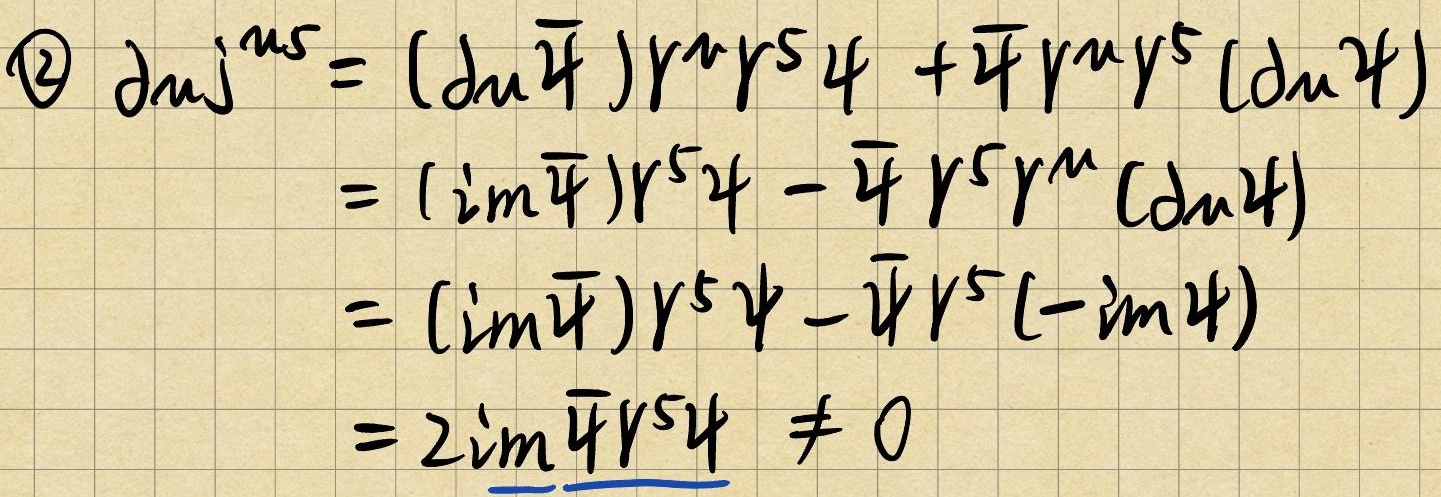
\(\textcircled{2}\)
\begin{align*}
\partial_{\mu}j^{\mu 5}&= (\partial_{\mu}\bar{\psi})\gamma^{\mu}\gamma^{5}\psi+\bar{\psi}\gamma^{\mu}\gamma^{5}(\partial_{\mu}\psi)\\
&= (i m\bar{\psi})\gamma^{5}\psi-\bar{\psi}\gamma^{5}\gamma^{\mu}(\partial_{\mu}\psi)\\
&= (i m\bar{\psi})\gamma^{5}\psi-\bar{\psi}\gamma^{5}(-i m\psi)\\
&= 2i m\bar{\psi}\gamma^{5}\psi\neq0
\end{align*}